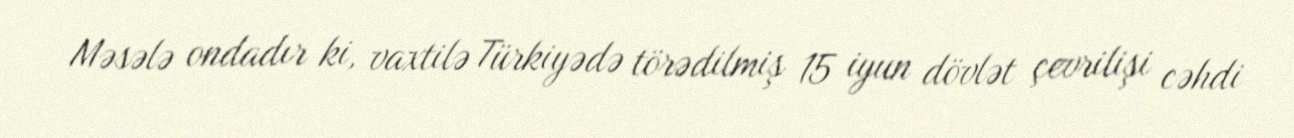
Məsələ ondadır ki, vaxtilə Türkiyədə törədilmiş 15 iyun dövlət çevrilişi cəhdi